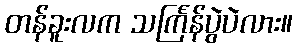
တန်ခူးလက သင်္ကြန်ပွဲပဲလား။